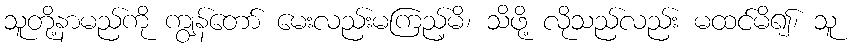
သူတို့နာမည်ကို ကျွန်တော် မေးလည်းမကြည့်မိ၊ သိဖို့ လိုသည်လည်း မထင်မိ၍၊ သူ